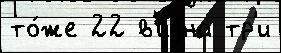
то́же 22 в'идна тр'и